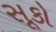
સૂકો